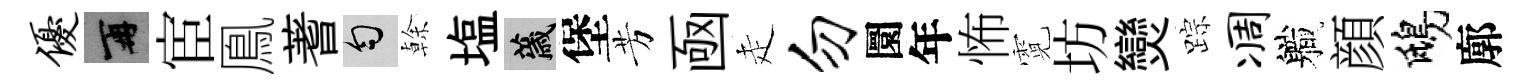
优再宦鳯蓍匀𠏉塩薉堡芳凾走勿圜年怖霓坊𤓖踪凋軄顔鴟廓